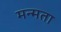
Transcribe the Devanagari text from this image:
मन्मता